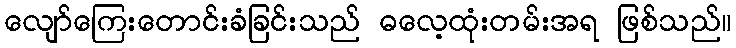
လျော်ကြေးတောင်းခံခြင်းသည် ဓလေ့ထုံးတမ်းအရ ဖြစ်သည်။